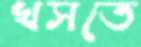
খসতে